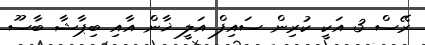
ރޭސް 3 އަކީ ކުރިން ސައިފް އަލީ ޚާން އާއި ބިޕާޝާ ބާސޫ